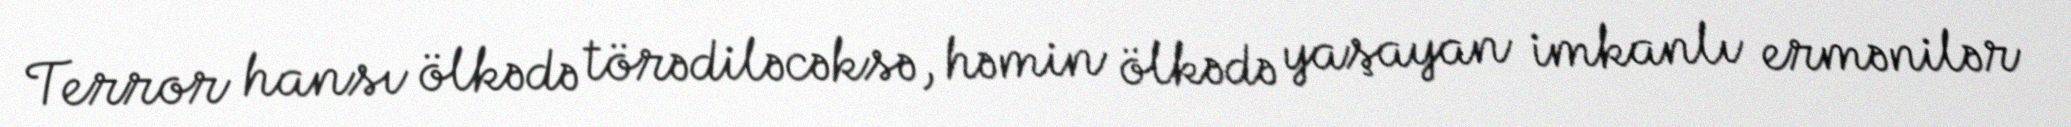
Terror hansı ölkədə törədiləcəksə, həmin ölkədə yaşayan imkanlı ermənilər